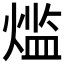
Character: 𬊶